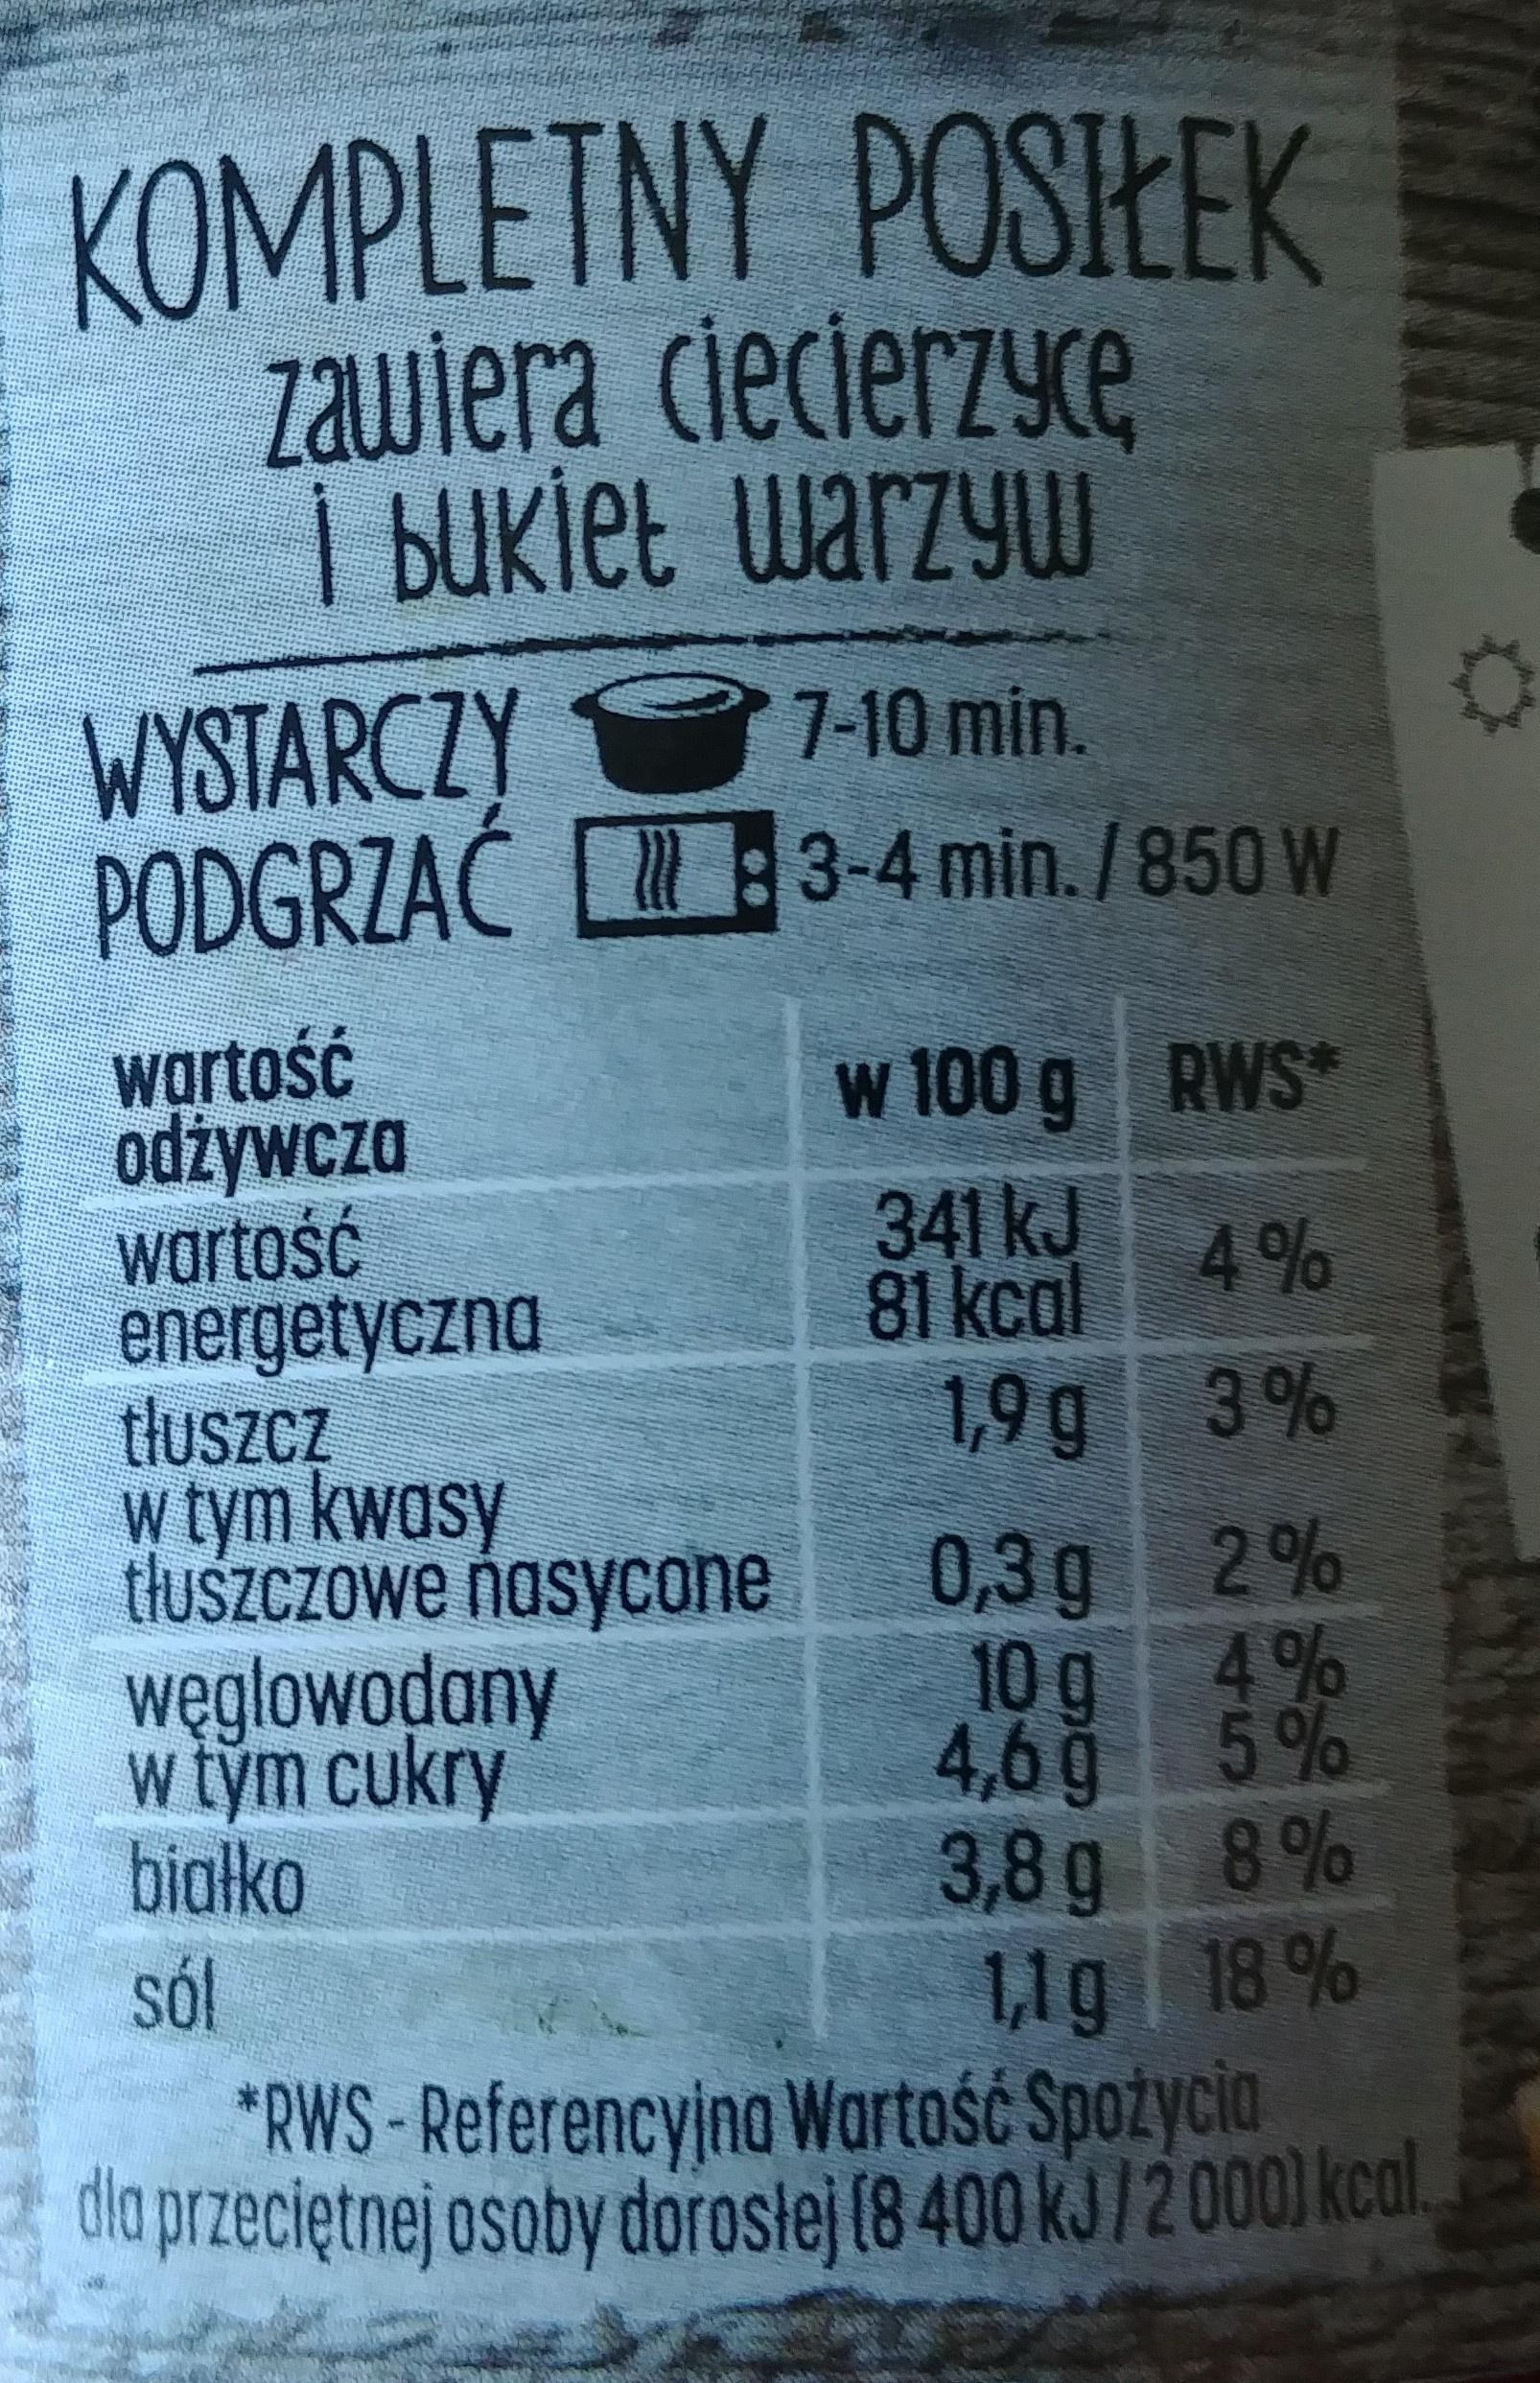
KOMPLETNY POSHEK zawiera ciecierzyce I bukiet warzyw WYSTARCZY PODGRZAC 7-10 min. :3-4 min./850 W wartość odżywcza wartość energetyczna tluszcz w tym kwasy tluszczowe nasycone węglowodony wtým cukry bialko Sól w 100 g RWS 341 kJ 4% 81 kcal 1,9 g 3% 0,3 g 2% 10 g 4% 4,6g 5% 3,8g 8% 1,1g 18 % "RWS-Referencyino Wartość Spożycia da przecietnej osoby doroslej (8 400 kJ/2000) kcal